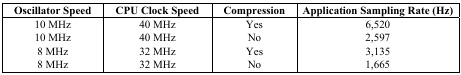
<table><thead><tr><td><b>Oscillator Speed</b></td><td><b>CPU Clock Speed</b></td><td><b>Compression</b></td><td><b>Application Sampling Rate (Hz)</b></td></tr></thead><tbody><tr><td>10 MHz</td><td>40 MHz</td><td>Yes</td><td>6,520</td></tr><tr><td>10 MHz</td><td>40 MHz</td><td>No</td><td>2,597</td></tr><tr><td>8 MHz</td><td>32 MHz</td><td>Yes</td><td>3,135</td></tr><tr><td>8 MHz</td><td>32 MHz</td><td>No</td><td>1,665</td></tr></tbody></table>